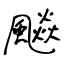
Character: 飈